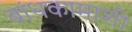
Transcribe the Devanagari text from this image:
बांधकामाशी